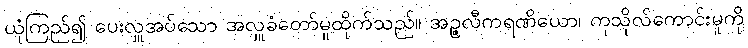
ယုံကြည်၍ ပေးလှူအပ်သော အလှူခံတော်မူထိုက်သည်။ အဉ္ဇလီကရဏိယော၊ ကုသိုလ်ကောင်းမူကို